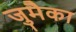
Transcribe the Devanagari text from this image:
जुमैका